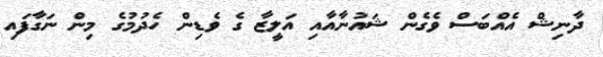
ދާނިޝް އެއްބަސް ވެގެން ޝައުނާއާއި އަލީޒާ ގެ ވެޑިން ހެދުމުގެ މިން ނަގާފައި